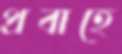
প্রবাহে